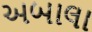
અબાલા